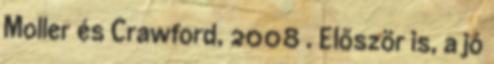
Moller és Crawford, 2008 . Először is, a jó